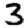
Digit: 3